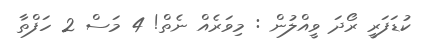
ކުޑަފަރީ ރޯދަ ވީއްލުން : މިވަރެއްް ނެތް! 4 މަސް 2 ހަފްތާ